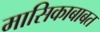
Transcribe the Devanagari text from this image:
मासिकाबाबत